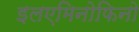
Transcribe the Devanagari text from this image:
इलएमिनोफिनो